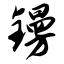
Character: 镘